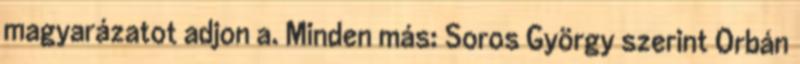
magyarázatot adjon a. Minden más: Soros György szerint Orbán